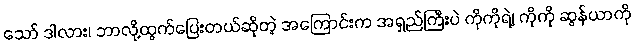
သော် ဒါလား၊ ဘာလို့ထွက်ပြေးတယ်ဆိုတဲ့ အကြောင်းက အရှည်ကြီးပဲ ကိုကိုရဲ့၊ ကိုကို ဆွန်ယာကို